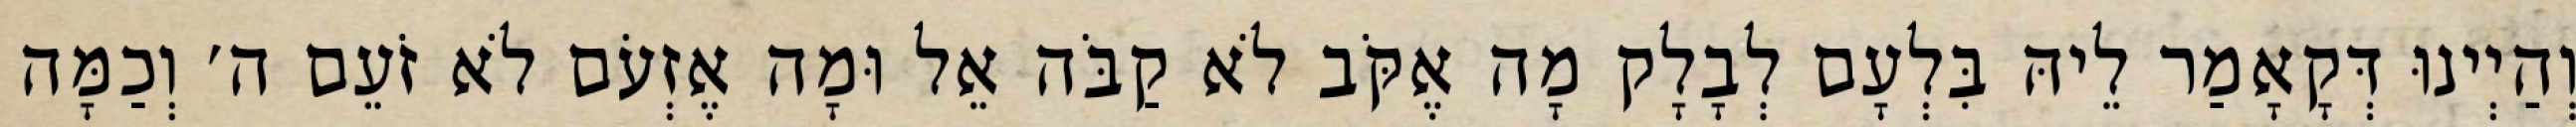
וְהַיְינוּ דְּקָאָמַר לֵיהּ בִּלְעָם לְבָלָק מָה אֶקֹּב לֹא קַבֹּה אֵל וּמָה אֶזְעֹם לֹא זֹעֵם ה׳ וְכַמָּה